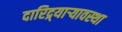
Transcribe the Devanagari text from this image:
दारिद्र्याऱ्यावस्था